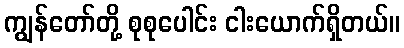
ကျွန်တော်တို့ စုစုပေါင်း ငါးယောက်ရှိတယ်။